Plague in India, 1896, 1897 - Volume 1
Year: 1896
Disease focus: Plague
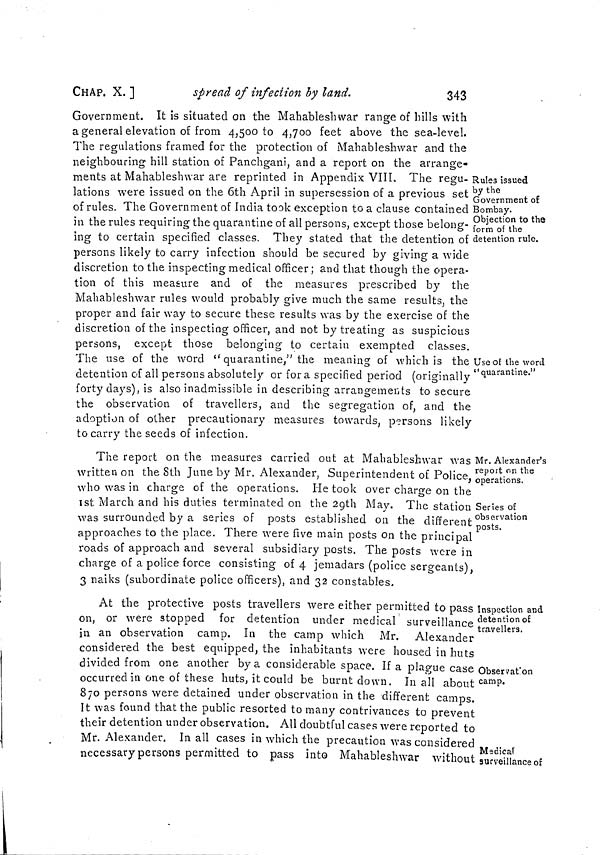
CHAP, X. ]
spread of infection by land.
343
Rules issued
by the
Government of
Bombay.
Objection to the
form of the
detention rule.
Use of the word
"quarantine."
Government. It is situated on the Mahableshwar range of hills with
a general elevation of from 4,500 to 4,700 feet above the sea-level.
The regulations framed for the protection of Mahableshwar and the
neighbouring hill station of Panchgani, and a report on the arrange-
ments at Mahableshwar are reprinted in Appendix VIII. The regu-
lations were issued on the 6th April in supersession of a previous set
of rules. The Government of India took exception to a clause contained
in the rules requiring the quarantine of all persons, except those belong-
ing to certain specified classes. They stated that the detention of
persons likely to carry infection should be secured by giving a wide
discretion to the inspecting medical officer; and that though the opera-
tion of this measure and of the measures prescribed by the
Mahableshwar rules would probably give much the same results, the
proper and fair way to secure these results was by the exercise of the
discretion of the inspecting officer, and not by treating as suspicious
persons, except those belonging to certain exempted classes.
The use of the word " quarantine," the meaning of which is the
detention of all persons absolutely or fora specified period (originally
forty days), is also inadmissible in describing arrangements to secure
the observation of travellers, and the segregation of, and the
adoption of other precautionary measures towards, persons likely
to carry the seeds of infection.
Mr. Alexander's
report on the
operations.
Series of
observation
posts.
The report on the measures carried out at Mahableshwar was
written on the 8th June by Mr. Alexander, Superintendent of Police,
who was in charge of the operations. He took over charge on the
1st March and his duties terminated on the 2gth May. The station
was surrounded by a series of posts established on the different
approaches to the place. There were five main posts on the principal
roads of approach and several subsidiary posts. The posts were in
charge of a police force consisting of 4 jemadars (police sergeants),
3 naiks (subordinate police officers), and 32 constables.
Inspection and
detention of
travellers.
Observat on
camp.
Madical
surveillance of
At the protective posts travellers were either permitted to pass I
on, or were stopped for detention under medical surveillance
in an observation camp. In the camp which Mr. Alexander
considered the best equipped, the inhabitants were housed in huts
divided from one another by a considerable space. If a plague case
occurred in one of these huts, it could be burnt down. In all about'
870 persons were detained under observation in the different camps.
It was found that the public resorted to many contrivances to prevent
their detention under observation. All doubtful cases were reported to
Mr. Alexander. In all cases in which the precaution was considered
necessary persons permitted to pass into Mahableshwar without